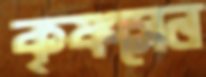
কৃষ্ণসেন